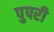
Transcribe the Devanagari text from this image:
पुपरी